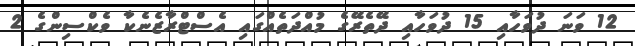
12 ވަނަ ދުވަހާއި 15 ދުވަހާއި ދޭތެރޭގެ މުއްދަތެއްގައި އެސްޓްރާޒެނެކާ ވެކްސިންގެ 2